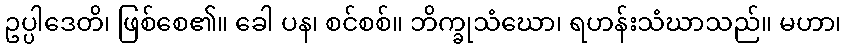
ဥပ္ပါဒေတိ၊ ဖြစ်စေ၏။ ခေါ ပန၊ စင်စစ်။ ဘိက္ခုသံဃော၊ ရဟန်းသံဃာသည်။ မဟာ၊